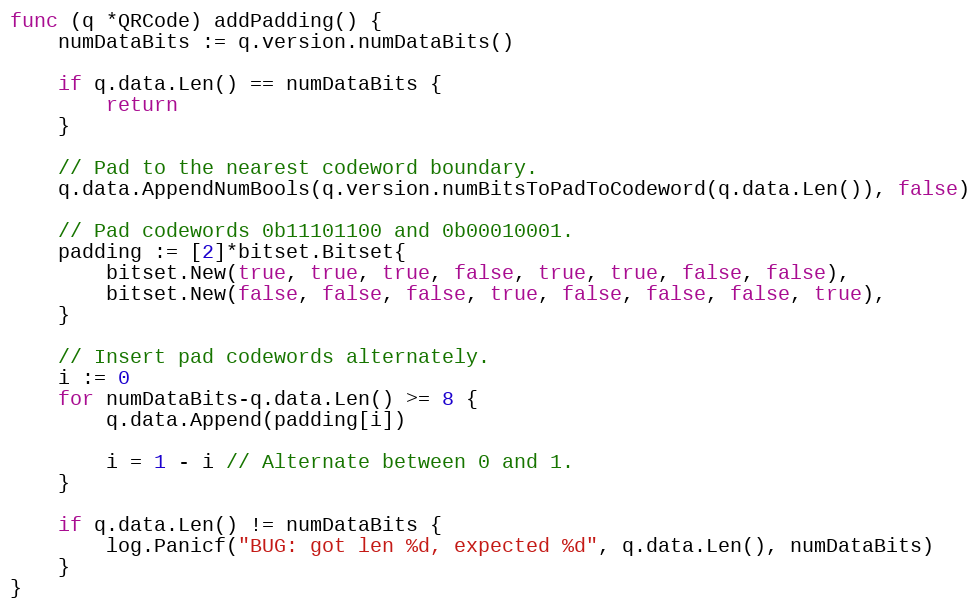
Language: Go
func (q *QRCode) addPadding() {
	numDataBits := q.version.numDataBits()

	if q.data.Len() == numDataBits {
		return
	}

	// Pad to the nearest codeword boundary.
	q.data.AppendNumBools(q.version.numBitsToPadToCodeword(q.data.Len()), false)

	// Pad codewords 0b11101100 and 0b00010001.
	padding := [2]*bitset.Bitset{
		bitset.New(true, true, true, false, true, true, false, false),
		bitset.New(false, false, false, true, false, false, false, true),
	}

	// Insert pad codewords alternately.
	i := 0
	for numDataBits-q.data.Len() >= 8 {
		q.data.Append(padding[i])

		i = 1 - i // Alternate between 0 and 1.
	}

	if q.data.Len() != numDataBits {
		log.Panicf("BUG: got len %d, expected %d", q.data.Len(), numDataBits)
	}
}